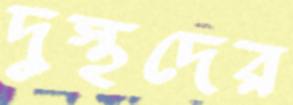
দুস্থদের